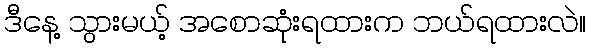
ဒီနေ့ သွားမယ့် အစောဆုံးရထားက ဘယ်ရထားလဲ။